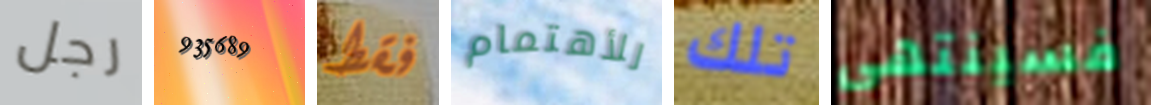
رجل 935689 فقط للأهتمام تلك فسينتهي